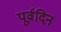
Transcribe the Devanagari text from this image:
पूर्वदिन